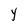
Character: Y